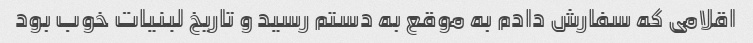
اقلامی که سفارش دادم به موقع به دستم رسید و تاریخ لبنیات خوب بود